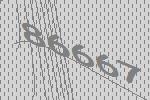
86667